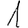
Digit: 1